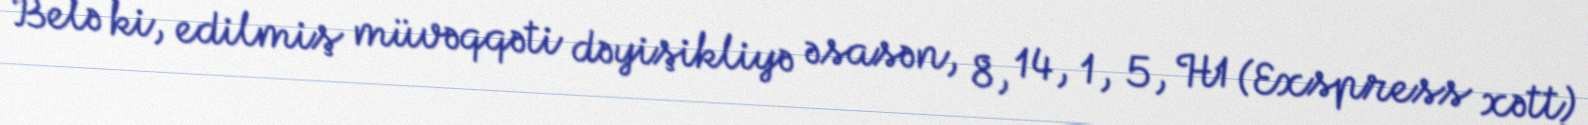
Belə ki, edilmiş müvəqqəti dəyişikliyə əsasən, 8, 14, 1, 5, H1 (Exspress xətt)